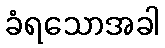
ခံရသောအခါ